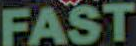
FAST